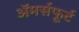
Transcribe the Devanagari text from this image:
अॅमर्सफूर्ट